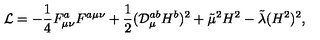
{ \cal L } = - \frac { 1 } { 4 } F _ { \mu \nu } ^ { a } F ^ { a \mu \nu } + \frac { 1 } { 2 } ( { \cal D } _ { \mu } ^ { a b } H ^ { b } ) ^ { 2 } + \tilde { \mu } ^ { 2 } H ^ { 2 } - \tilde { \lambda } ( H ^ { 2 } ) ^ { 2 } ,